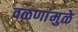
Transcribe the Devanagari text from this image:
वळणांमुळे